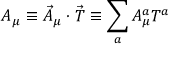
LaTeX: A _ { \mu } \equiv \vec { A } _ { \mu } \cdot \vec { T } \equiv \sum _ { a } A _ { \mu } ^ { a } T ^ { a }